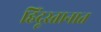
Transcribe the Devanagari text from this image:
हिंदूस्तानात